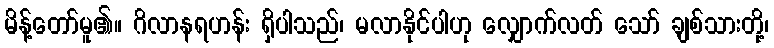
မိန့်တော်မူ၏။ ဂိလာနရဟန်း ရှိပါသည်၊ မလာနိုင်ပါဟု လျှောက်လတ် သော် ချစ်သားတို့၊